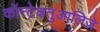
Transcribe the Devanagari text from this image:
कॉन्टेक्षतुआलिज़े